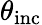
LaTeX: \theta_{\mathrm{inc}}